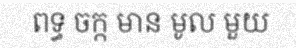
ពទ្ធ ចក្ក មាន មូល មួយ